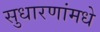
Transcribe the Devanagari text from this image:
सुधारणांमधे